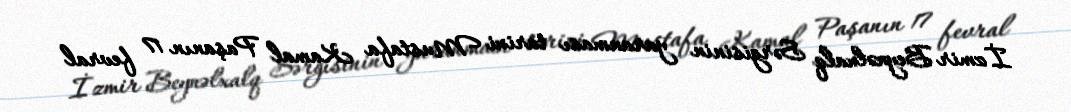
İzmir Beynəlxalq Sərgisinin yaranması tarixi Mustafa Kamal Paşanın 17 fevral